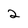
Character: 2